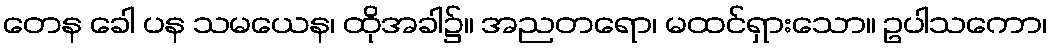
တေန ခေါ ပန သမယေန၊ ထိုအခါ၌။ အညတရော၊ မထင်ရှားသော။ ဥပါသကော၊